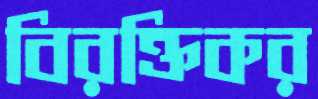
বিরক্তিকর